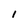
Character: 1